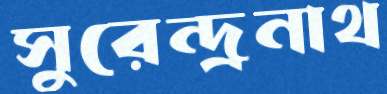
সুরেন্দ্রনাথ